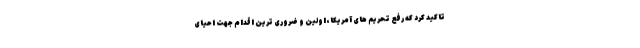
تاکید کرد که رفع تحریم های‌ آمریکا، اولین و ضروری ترین اقدام جهت احیای